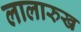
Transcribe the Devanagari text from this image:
लालारुख